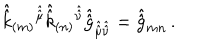
\hat { \hat { k } } _ { ( m ) } { } ^ { \hat { \hat { \mu } } } \hat { \hat { k } } _ { ( n ) } { } ^ { \hat { \hat { \nu } } } \hat { \hat { g } } _ { \hat { \hat { \mu } } \hat { \hat { \nu } } } = \hat { \hat { g } } _ { m n } \, .